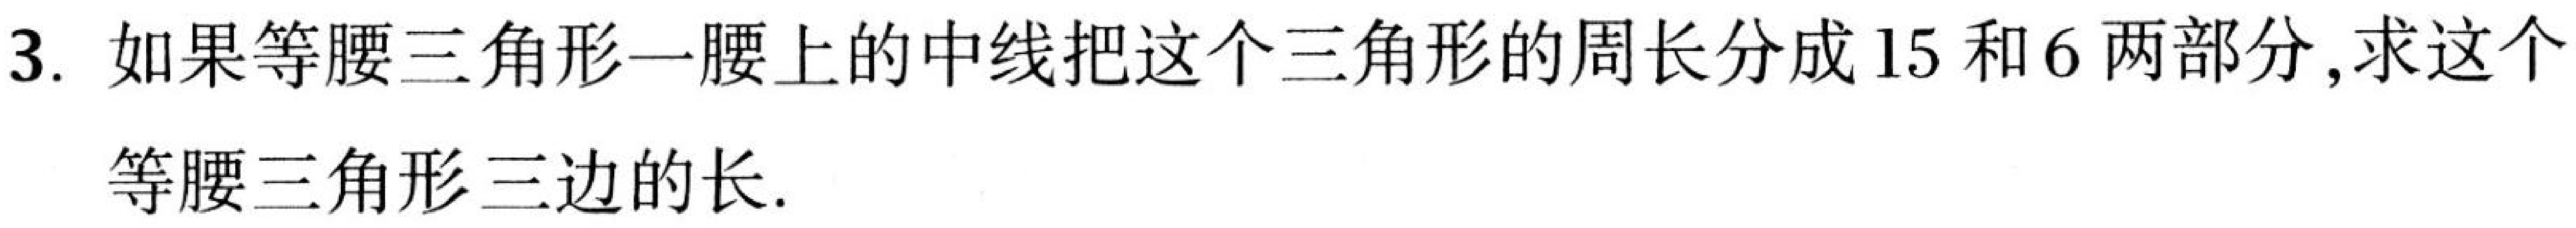
3. 如果等腰三角形一腰上的中线把这个三角形的周长分成15和6两部分,求这个
等腰三角形三边的长.